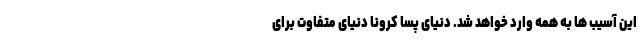
این آسیب ها به همه وارد خواهد شد. دنیای پسا کرونا دنیای متفاوت برای